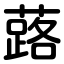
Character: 蕗